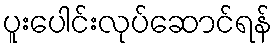
ပူးပေါင်းလုပ်ဆောင်ရန်